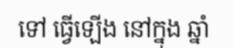
ទៅ ធ្វើឡើង នៅក្នុង ឆ្នាំ